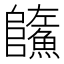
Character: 𩼐